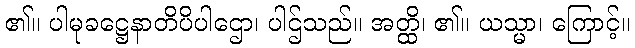
၏။ ပါမုခဋ္ဌေနာတိပိပါဌော၊ ပါဌ်သည်။ အတ္ထိ၊ ၏။ ယသ္မာ၊ ကြောင့်။